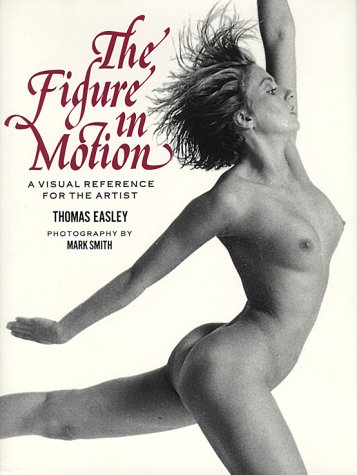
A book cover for The Figure in Motion: A Visual Reference for the Artist; Thomas Easley; Arts & Photography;